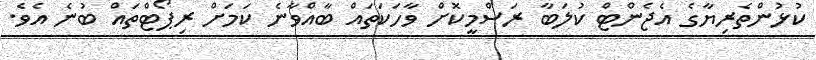
ކުޅުންތެރިޔާގެ އެޖެންޓް ކުލަބާ ރަސްމީކޮށް ވާހަކަތައް ބާއްވާނެ ކަމަށް ރިޕޯޓްތައް ބުނެ އެވެ.